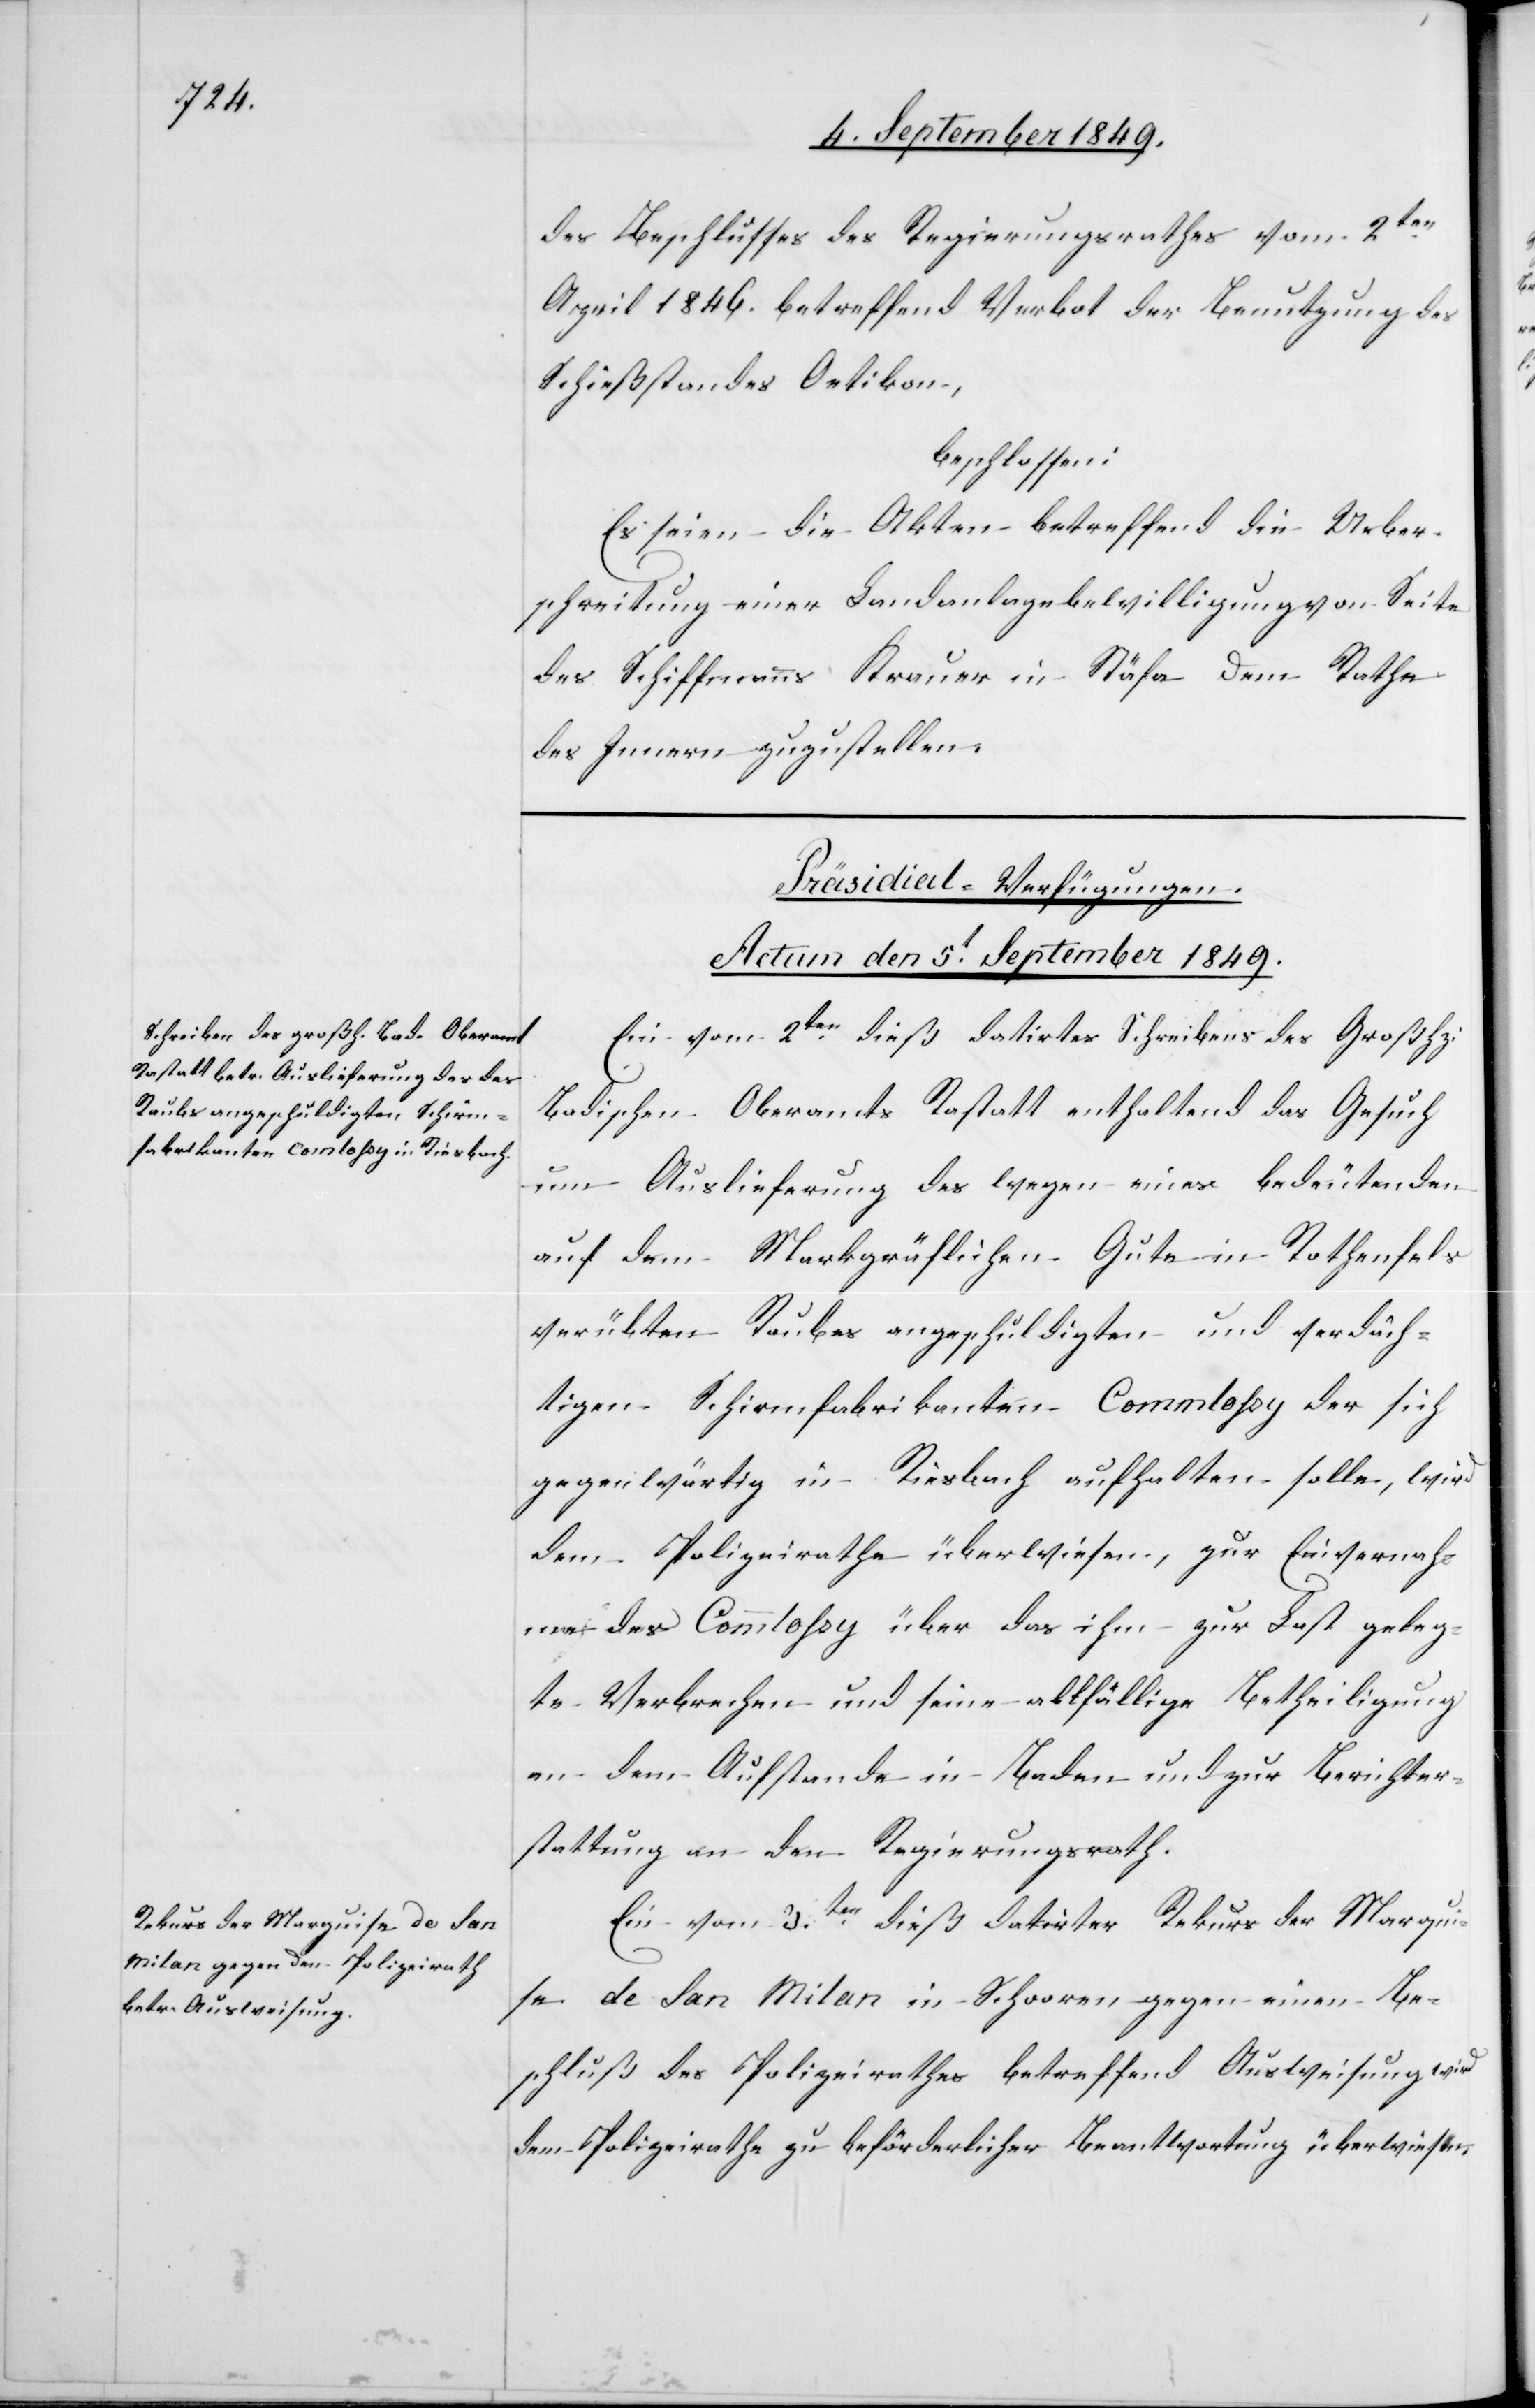
des Beschlusses des Regierungsrathes vom 2ten
April 1846. betreffend Verbot der Benutzung des
Schießstandes Oetikon,
beschlossen:
Es seien die Akten betreffend die Über¬
schreitung einer Landanlagebewilligung von Seite
des Schiffmanns Krauer in Stäfa dem Rathe
des Innern zuzustellen.
[Präsidial-Verfügungen.
Actum den 5t September 1849.]
Ein vom 2ten dieß datirtes Schreiben des Großhz:
Badischen Oberamts Rastatt enthaltend das Gesuch
um Auslieferung des wegen eines bedeutenden
auf dem Markgräflichen Gute in Rothenfels
verübten Raubes angeschuldigten und verdäch¬
tigen Schirmfabrikanten Commlossy [sic!] der sich
gegenwärtig in Riesbach aufhaltend solle, wird
dem Polizeirathe überwiesen, zur Einvernah¬
me des Commlossy über das ihm zur Last geleg¬
te Verbrechen und seine allfällige Betheiligung
an dem Aufstande in Baden und zur Berichter¬
stattung an den Regierungsrath.
Ein vom 3ten dieß datirter Rekurs der Marqui¬
se de San Milan in Schooren gegen einen Be¬
schluß des Polizeirathes betreffend Ausweisung wird
dem Polizeirathe zu beförderlicher Beantwortung überwiesen.